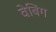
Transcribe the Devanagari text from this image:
वेबिंग